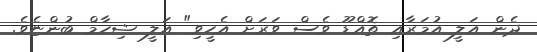
ދެން އަލީ އުމަރާއި ތޮއްޑޫ ވެސް ވަރަށް އެހީވި" އަލީ ޝިހާމް ބުންޏެވެ.